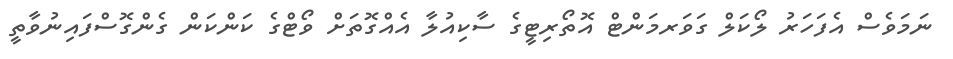
ނަމަވެސް އެފަހަރު ލޯކަލް ގަވަރމަންޓް އޮތޯރިޓީގެ ސާކިއުލާ އެއްގޮތަށް ވޯޓްގެ ކަންކަން ގެންގޮސްފައިނުވާތީ